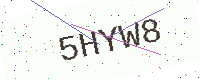
Text: 5HYW8